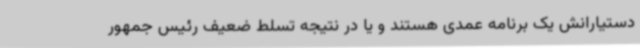
دستیارانش یک برنامه عمدی هستند و یا در نتیجه تسلط ضعیف رئیس جمهور